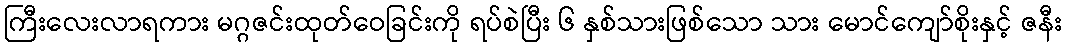
ကြီးလေးလာရကား မဂ္ဂဇင်းထုတ်ဝေခြင်းကို ရပ်စဲပြီး ၆ နှစ်သားဖြစ်သော သား မောင်ကျော်စိုးနှင့် ဇနီး